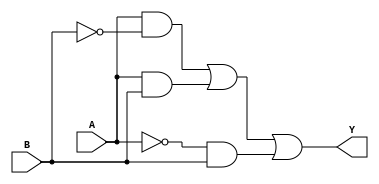
module two_variable_kmap (
    input wire A,  // Input variable A
    input wire B,  // Input variable B
    output wire Y  // Output based on K-map simplification
);

// K-map logic implementation
assign Y = (A & ~B) | (A & B) | (~A & B);

endmodule